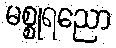
မစ္စုရညော